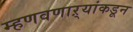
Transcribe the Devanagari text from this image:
म्हणवणाऱ्यांकडून